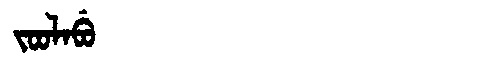
Manchu: ᠵᠣᠣᠯᠠᠪᡠ
Romanization: JOOLABU